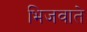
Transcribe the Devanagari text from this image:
भिजवाते